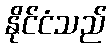
နိုင်ငံသည်